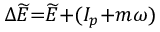
\Delta \widetilde { E } { = } \widetilde { E } { + } ( I _ { p } { + } m \omega )